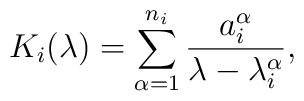
K_{i}(\lambda)=\sum_{\alpha=1}^{n_{i}}\frac{a_{i}^{\alpha}}{\lambda - \lambda_{i}^{\alpha}},